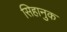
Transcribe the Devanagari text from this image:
सिहानुक